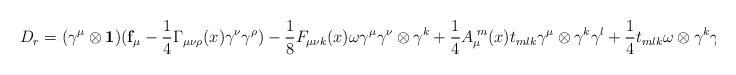
\begin{align*} D_r=(\gamma^\mu \otimes \mathbf{1})(\mathbf{f}_\mu- \frac{1}{4} \Gamma_{\mu\nu\rho}(x)\gamma^\nu\gamma^\rho) - \frac{1}{8}F_{\mu\nu k}(x) \omega \gamma^\mu \gamma^\nu \otimes \gamma^k+ \frac{1}{4}A_\mu^{\;m}(x) t_{mlk} \gamma^\mu \otimes \gamma^k \gamma^l + \frac{1}{4}t_{mlk}\omega \otimes \gamma^k \gamma^l \gamma^m \;,\end{align*}